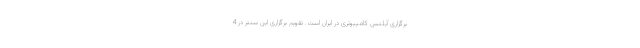
برگزاری آیلتس کامپیوتری در ایران است. تقویم برگزاری این سنتر در 4